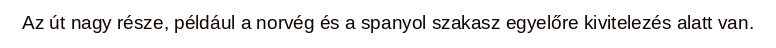
Az út nagy része, például a norvég és a spanyol szakasz egyelőre kivitelezés alatt van.